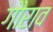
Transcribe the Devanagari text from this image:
गौराव